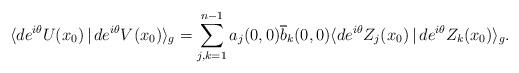
LaTeX: \begin{align*}\langle de^{i\theta}U(x_0)\,|\, de^{i\theta} V(x_0)\rangle_g=\sum_{j, k=1}^{n-1}a_j(0, 0)\overline b_k(0, 0)\langle de^{i\theta}Z_j(x_0)\,|\, de^{i\theta} Z_k(x_0)\rangle_g.\end{align*}